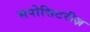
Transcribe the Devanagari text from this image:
सपोसिटरीज़